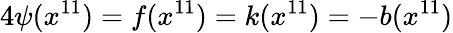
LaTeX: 4\psi(x^{11})=f(x^{11})=k(x^{11})=-b(x^{11})